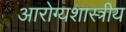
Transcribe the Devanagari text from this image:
आरोग्यशास्त्रीय